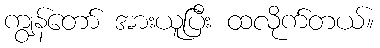
ကျွန်တော် အားယူပြီး ထလိုက်တယ်။